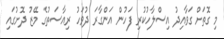
މި ގޮތަށް ގަވާއިދު އިސްލާހުކުރި ފަހުން އަންގާރަ ދުވަހު ރިއާސަތުގެ މޭޒު ދޮށުގައި